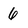
Character: 6